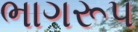
ભાગરૂપ